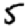
Digit: 5